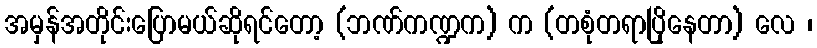
အမှန်အတိုင်းပြောမယ်ဆိုရင်တော့ (ဘဏ်ကဏ္ဍက) က (တစုံတရာပြိုနေတာ) လေ ၊